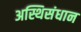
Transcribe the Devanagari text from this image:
अस्थिसंधान